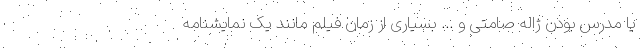
یا مدرس بودن ژاله صامتی و ... بسیاری از زمان فیلم مانند یک نمایشنامه